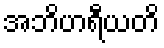
အဘိဟရီယတိ